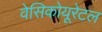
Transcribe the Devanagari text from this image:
वेसिकोयूरेटल